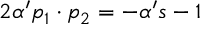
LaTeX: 2 \alpha ^ { \prime } p _ { 1 } \cdot p _ { 2 } = - \alpha ^ { \prime } s - 1